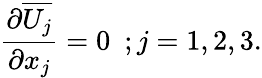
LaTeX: {\frac{\partial\overline{{U_{j}}}}{\partial x_{j}}}=0~~;j=1,2,3.